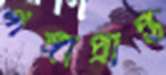
গঙ্গাপ্রাপ্ত